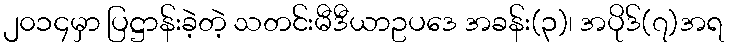
၂၀၁၄မှာ ပြဋ္ဌာန်းခဲ့တဲ့ သတင်းမီဒီယာဥပဒေ အခန်း(၃)၊ အပိုဒ်(၇)အရ